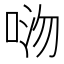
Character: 𫪏